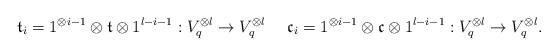
\begin{align*} \mathfrak{t}_i=1^{\otimes {i-1}}\otimes \mathfrak t\otimes 1^{l-i-1}: V_q^{\otimes l}\rightarrow V_q^{\otimes l} \ \ \ \ \mathfrak{c}_i=1^{\otimes {i-1}}\otimes \mathfrak c\otimes 1^{l-i-1}: V_q^{\otimes l}\rightarrow V_q^{\otimes l}.\end{align*}